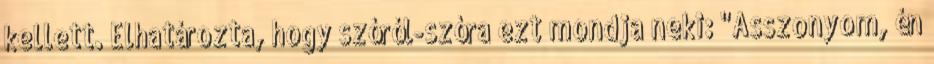
kellett. Elhatározta, hogy szóról-szóra ezt mondja neki: "Asszonyom, én